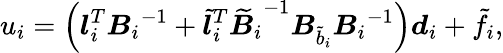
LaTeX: u_{i}=\left(\boldsymbol{l}_{i}^{T}{\boldsymbol{B}_{i}}^{-1}+\boldsymbol{\widetilde{l}}_{i}^{T}{\boldsymbol{{\widetilde{B}}}_{i}}^{-1}{\boldsymbol{{B}}_{\tilde{b}_{i}}}{\boldsymbol{{B}}_{i}}^{-1}\right)\boldsymbol{d}_{i}+\tilde{f}_{i},